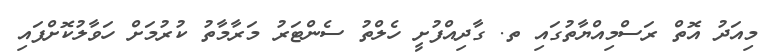
މިއަދު އޮތް ރަސްމިއްޔާތުގައި ތ. ގާދިއްފުށީ ހެލްތު ސެންޓަރު މަރާމާތު ކުރުމަށް ހަވާލުކޮށްފައި